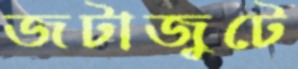
জটাজুটে